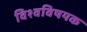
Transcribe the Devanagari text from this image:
विश्वविषयक